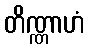
တိဏ္ဏာဟံ